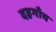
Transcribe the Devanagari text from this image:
दहगाँव